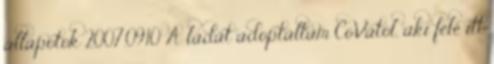
állapotok 2007.09.10 A ládát adoptáltam CoVától, aki felé itt